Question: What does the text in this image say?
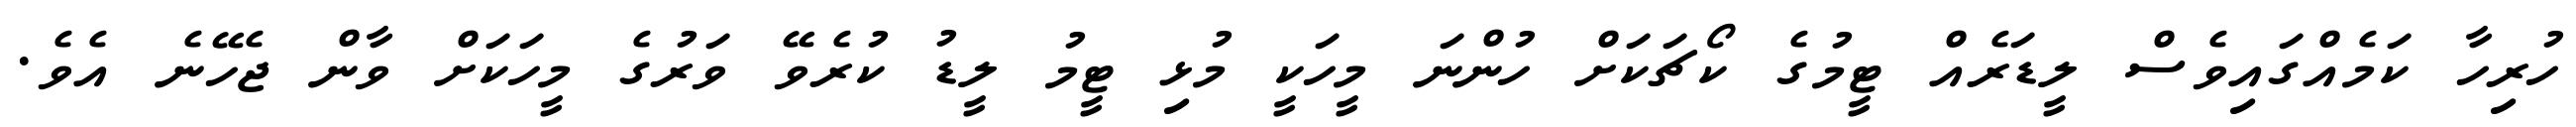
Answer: ހުރިހާ ކަމެއްގައިވެސް ލީޑަރެއް ޓީމުގެ ކޯޗަކަށް ހުންނަ މީހަކީ މުޅި ޓީމު ލީޑު ކުރެވޭ ވަރުގެ މީހަކަށް ވާން ޖެހޭނެ އެވެ.